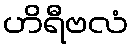
ဟိရီဗလံ